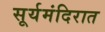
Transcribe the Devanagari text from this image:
सूर्यमंदिरात